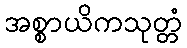
အစ္စာယိကသုတ္တံ